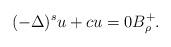
LaTeX: \begin{align*}(-\Delta)^s u +cu&=0 B_\rho^+.\end{align*}